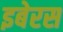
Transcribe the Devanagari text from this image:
इबेरस